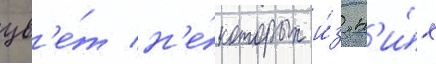
цв'е́т н'е́которых и́з н'и́х